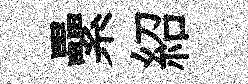
纍紹